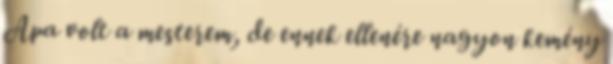
Apa volt a mesterem, de ennek ellenére nagyon kemény